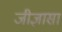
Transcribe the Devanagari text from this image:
जीज्ञासा